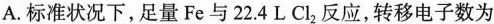
A.标准状况下，足量Fe与22.4L Cl_{2}反应，转移电子数为